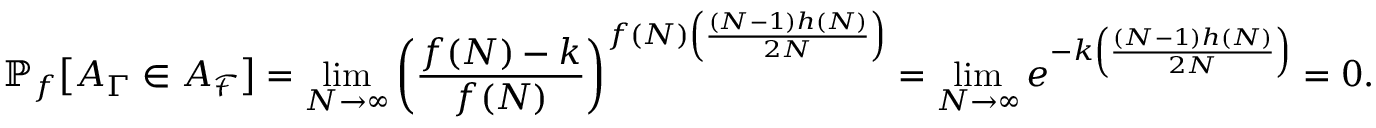
\mathbb { P } _ { f } \big [ A _ { \Gamma } \in A _ { \mathcal { F } } \big ] = \operatorname* { l i m } _ { N \rightarrow \infty } \left( \frac { f ( N ) - k } { f ( N ) } \right) ^ { f ( N ) \left( \frac { ( N - 1 ) h ( N ) } { 2 N } \right) } = \operatorname* { l i m } _ { N \rightarrow \infty } e ^ { - k \left( \frac { ( N - 1 ) h ( N ) } { 2 N } \right) } = 0 .